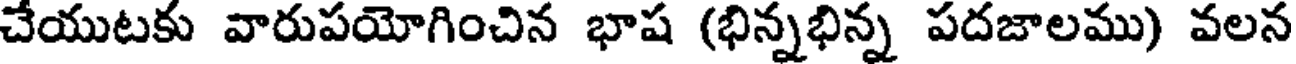
చేయుటకు వారుపయోగించిన భాష (భిన్నభిన్న పదజాలము) వలన